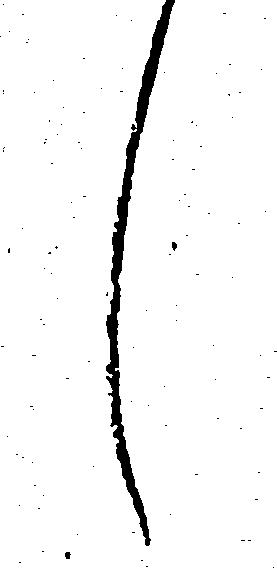
し